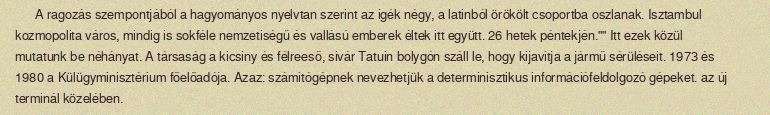
A ragozás szempontjából a hagyományos nyelvtan szerint az igék négy, a latinból örökölt csoportba oszlanak. Isztambul kozmopolita város, mindig is sokféle nemzetiségű és vallású emberek éltek itt együtt. 26 hetek péntekjén."" Itt ezek közül mutatunk be néhányat. A társaság a kicsiny és félreeső, sivár Tatuin bolygón száll le, hogy kijavítja a jármű sérüléseit. 1973 és 1980 a Külügyminisztérium főelőadója. Azaz: számítógépnek nevezhetjük a determinisztikus információfeldolgozó gépeket. az új terminál közelében.